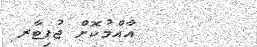
އާއްމުކޮށް ޖުޕިޓާރ